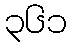
၃၆၁